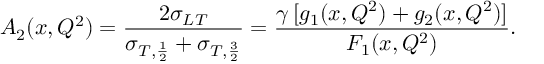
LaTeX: A _ { 2 } ( x , Q ^ { 2 } ) = \frac { 2 \sigma _ { L T } } { \sigma _ { T , \frac { 1 } { 2 } } + \sigma _ { T , \frac { 3 } { 2 } } } = \frac { \gamma \, [ g _ { 1 } ( x , Q ^ { 2 } ) + g _ { 2 } ( x , Q ^ { 2 } ) ] } { F _ { 1 } ( x , Q ^ { 2 } ) } .